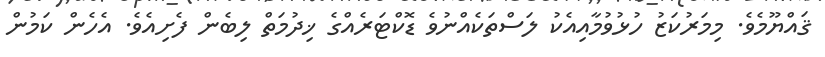
ޤައްޔޫމެވެ. މިމަރުކަޒު ހުޅުވުމާއިއެކު ލަސްތަކެއްނުވެ ޑޮކްޓަރެއްގެ ޚިދުމަތް ލިބެން ފެށިއެވެ. އެހެން ކަމުން